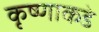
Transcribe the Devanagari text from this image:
कृष्णाकडे